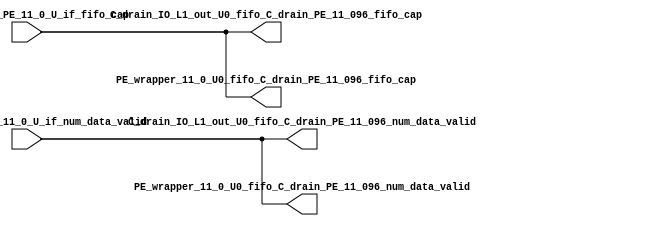
// ==================================================
// RTL generated by RapidStream
//
// Copyright 2024 RapidStream Design Automation, Inc.
// All Rights Reserved.
// ==================================================
`timescale 1 ns / 1 ps
module __rs_kernel3_aux_split_aux_98 #(
    parameter C_S_AXI_CONTROL_DATA_WIDTH  = 32,
    parameter C_S_AXI_CONTROL_ADDR_WIDTH  = 6,
    parameter C_S_AXI_DATA_WIDTH          = 32,
    parameter C_M_AXI_GMEM_A_ID_WIDTH     = 1,
    parameter C_M_AXI_GMEM_A_ADDR_WIDTH   = 64,
    parameter C_M_AXI_GMEM_A_DATA_WIDTH   = 512,
    parameter C_M_AXI_GMEM_A_AWUSER_WIDTH = 1,
    parameter C_M_AXI_GMEM_A_ARUSER_WIDTH = 1,
    parameter C_M_AXI_GMEM_A_WUSER_WIDTH  = 1,
    parameter C_M_AXI_GMEM_A_RUSER_WIDTH  = 1,
    parameter C_M_AXI_GMEM_A_BUSER_WIDTH  = 1,
    parameter C_M_AXI_GMEM_A_USER_VALUE   = 0,
    parameter C_M_AXI_GMEM_A_PROT_VALUE   = 0,
    parameter C_M_AXI_GMEM_A_CACHE_VALUE  = 3,
    parameter C_M_AXI_DATA_WIDTH          = 32,
    parameter C_M_AXI_GMEM_B_ID_WIDTH     = 1,
    parameter C_M_AXI_GMEM_B_ADDR_WIDTH   = 64,
    parameter C_M_AXI_GMEM_B_DATA_WIDTH   = 512,
    parameter C_M_AXI_GMEM_B_AWUSER_WIDTH = 1,
    parameter C_M_AXI_GMEM_B_ARUSER_WIDTH = 1,
    parameter C_M_AXI_GMEM_B_WUSER_WIDTH  = 1,
    parameter C_M_AXI_GMEM_B_RUSER_WIDTH  = 1,
    parameter C_M_AXI_GMEM_B_BUSER_WIDTH  = 1,
    parameter C_M_AXI_GMEM_B_USER_VALUE   = 0,
    parameter C_M_AXI_GMEM_B_PROT_VALUE   = 0,
    parameter C_M_AXI_GMEM_B_CACHE_VALUE  = 3,
    parameter C_M_AXI_GMEM_C_ID_WIDTH     = 1,
    parameter C_M_AXI_GMEM_C_ADDR_WIDTH   = 64,
    parameter C_M_AXI_GMEM_C_DATA_WIDTH   = 512,
    parameter C_M_AXI_GMEM_C_AWUSER_WIDTH = 1,
    parameter C_M_AXI_GMEM_C_ARUSER_WIDTH = 1,
    parameter C_M_AXI_GMEM_C_WUSER_WIDTH  = 1,
    parameter C_M_AXI_GMEM_C_RUSER_WIDTH  = 1,
    parameter C_M_AXI_GMEM_C_BUSER_WIDTH  = 1,
    parameter C_M_AXI_GMEM_C_USER_VALUE   = 0,
    parameter C_M_AXI_GMEM_C_PROT_VALUE   = 0,
    parameter C_M_AXI_GMEM_C_CACHE_VALUE  = 3,
    parameter C_S_AXI_CONTROL_WSTRB_WIDTH = 4,
    parameter C_S_AXI_WSTRB_WIDTH         = 4,
    parameter C_M_AXI_GMEM_A_WSTRB_WIDTH  = 64,
    parameter C_M_AXI_WSTRB_WIDTH         = 4,
    parameter C_M_AXI_GMEM_B_WSTRB_WIDTH  = 64,
    parameter C_M_AXI_GMEM_C_WSTRB_WIDTH  = 64
) (
    output wire [1:0] C_drain_IO_L1_out_U0_fifo_C_drain_PE_11_096_fifo_cap,
    output wire [1:0] C_drain_IO_L1_out_U0_fifo_C_drain_PE_11_096_num_data_valid,
    output wire [1:0] PE_wrapper_11_0_U0_fifo_C_drain_PE_11_096_fifo_cap,
    output wire [1:0] PE_wrapper_11_0_U0_fifo_C_drain_PE_11_096_num_data_valid,
    input wire  [1:0] fifo_C_drain_PE_11_0_U_if_fifo_cap,
    input wire  [1:0] fifo_C_drain_PE_11_0_U_if_num_data_valid
);
assign C_drain_IO_L1_out_U0_fifo_C_drain_PE_11_096_fifo_cap = fifo_C_drain_PE_11_0_U_if_fifo_cap;
assign C_drain_IO_L1_out_U0_fifo_C_drain_PE_11_096_num_data_valid = fifo_C_drain_PE_11_0_U_if_num_data_valid;
assign PE_wrapper_11_0_U0_fifo_C_drain_PE_11_096_fifo_cap = fifo_C_drain_PE_11_0_U_if_fifo_cap;
assign PE_wrapper_11_0_U0_fifo_C_drain_PE_11_096_num_data_valid = fifo_C_drain_PE_11_0_U_if_num_data_valid;
endmodule